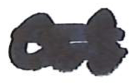
Text: as
Cross-out: double-line
Writing tool: marker